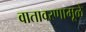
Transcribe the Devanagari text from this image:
वातावरणामूळे